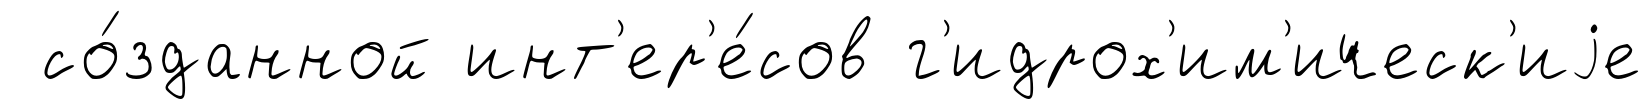
со́зданной инт'ер'е́сов г'идрох'им'ическ'иjе